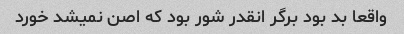
واقعا بد بود برگر انقدر شور بود که اصن نمیشد خورد